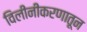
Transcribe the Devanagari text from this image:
विलीनीकरणातून